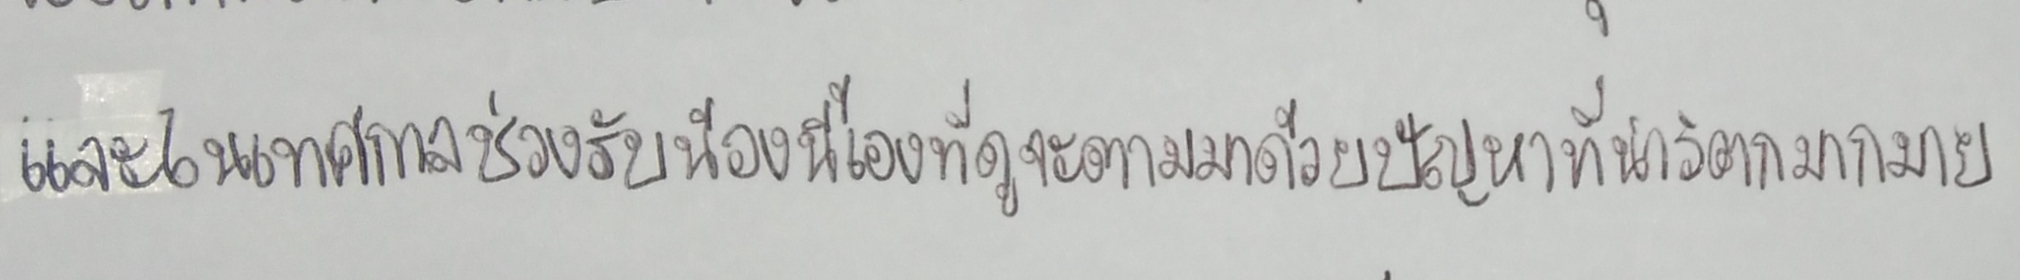
และในเทศกาลช่วงรับน้องนี้เองที่ดูจะตามมาด้วยปัญหาที่น่าวิตกมากมาย